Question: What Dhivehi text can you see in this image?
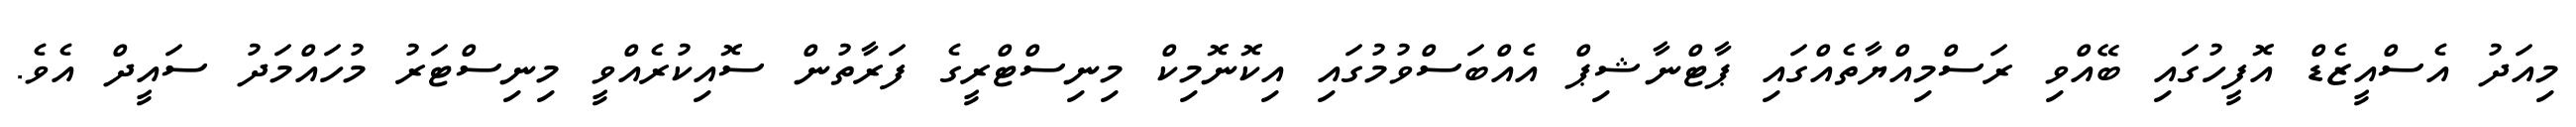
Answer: މިއަދު އެސްއީޒެޑް އޮފީހުގައި ބޭއްވި ރަސްމިއްޔާތެއްގައި ޕާޓްނާޝިޕް އެއްބަސްވުމުގައި އިކޮނޮމިކް މިނިސްޓްރީގެ ފަރާތުން ސޮއިކުރެއްވީ މިނިސްޓަރު މުހައްމަދު ސައީދް އެވެ.